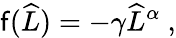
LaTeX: \mathsf{f}(\widehat{{L}})=-\gamma\widehat{{L}}^{\alpha}\ ,